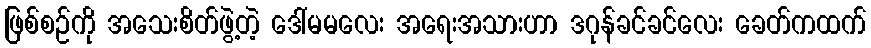
ဖြစ်စဉ်ကို အသေးစိတ်ဖွဲ့တဲ့ ဒေါ်မမလေး အရေးအသားဟာ ဒဂုန်ခင်ခင်လေး ခေတ်ကထက်